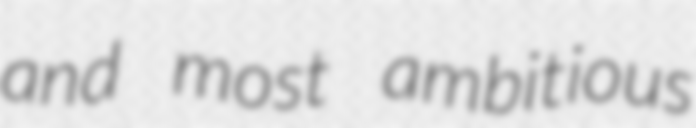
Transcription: and most ambitious